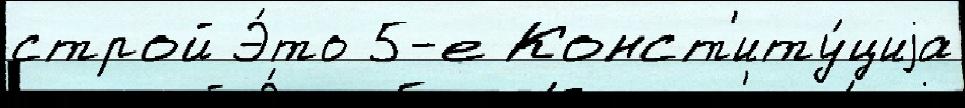
строй Э́то 5-е Конст'иту́циjа